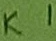
Text: K1